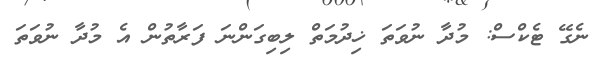
ނެގޭ ޓެކްސް: މުދާ ނުވަތަ ޚިދުމަތް ލިިބިގަންނަ ފަރާތުން އެ މުދާ ނުވަތަ